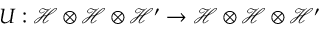
U : \mathcal { H } \otimes \mathcal { H } \otimes \mathcal { H } ^ { \prime } \rightarrow \mathcal { H } \otimes \mathcal { H } \otimes \mathcal { H } ^ { \prime }